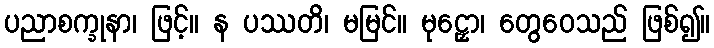
ပညာစက္ခုနာ၊ ဖြင့်။ န ပဿတိ၊ မမြင်။ မုဠှော၊ တွေဝေသည် ဖြစ်၍။